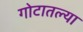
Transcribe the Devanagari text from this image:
गोटातल्या